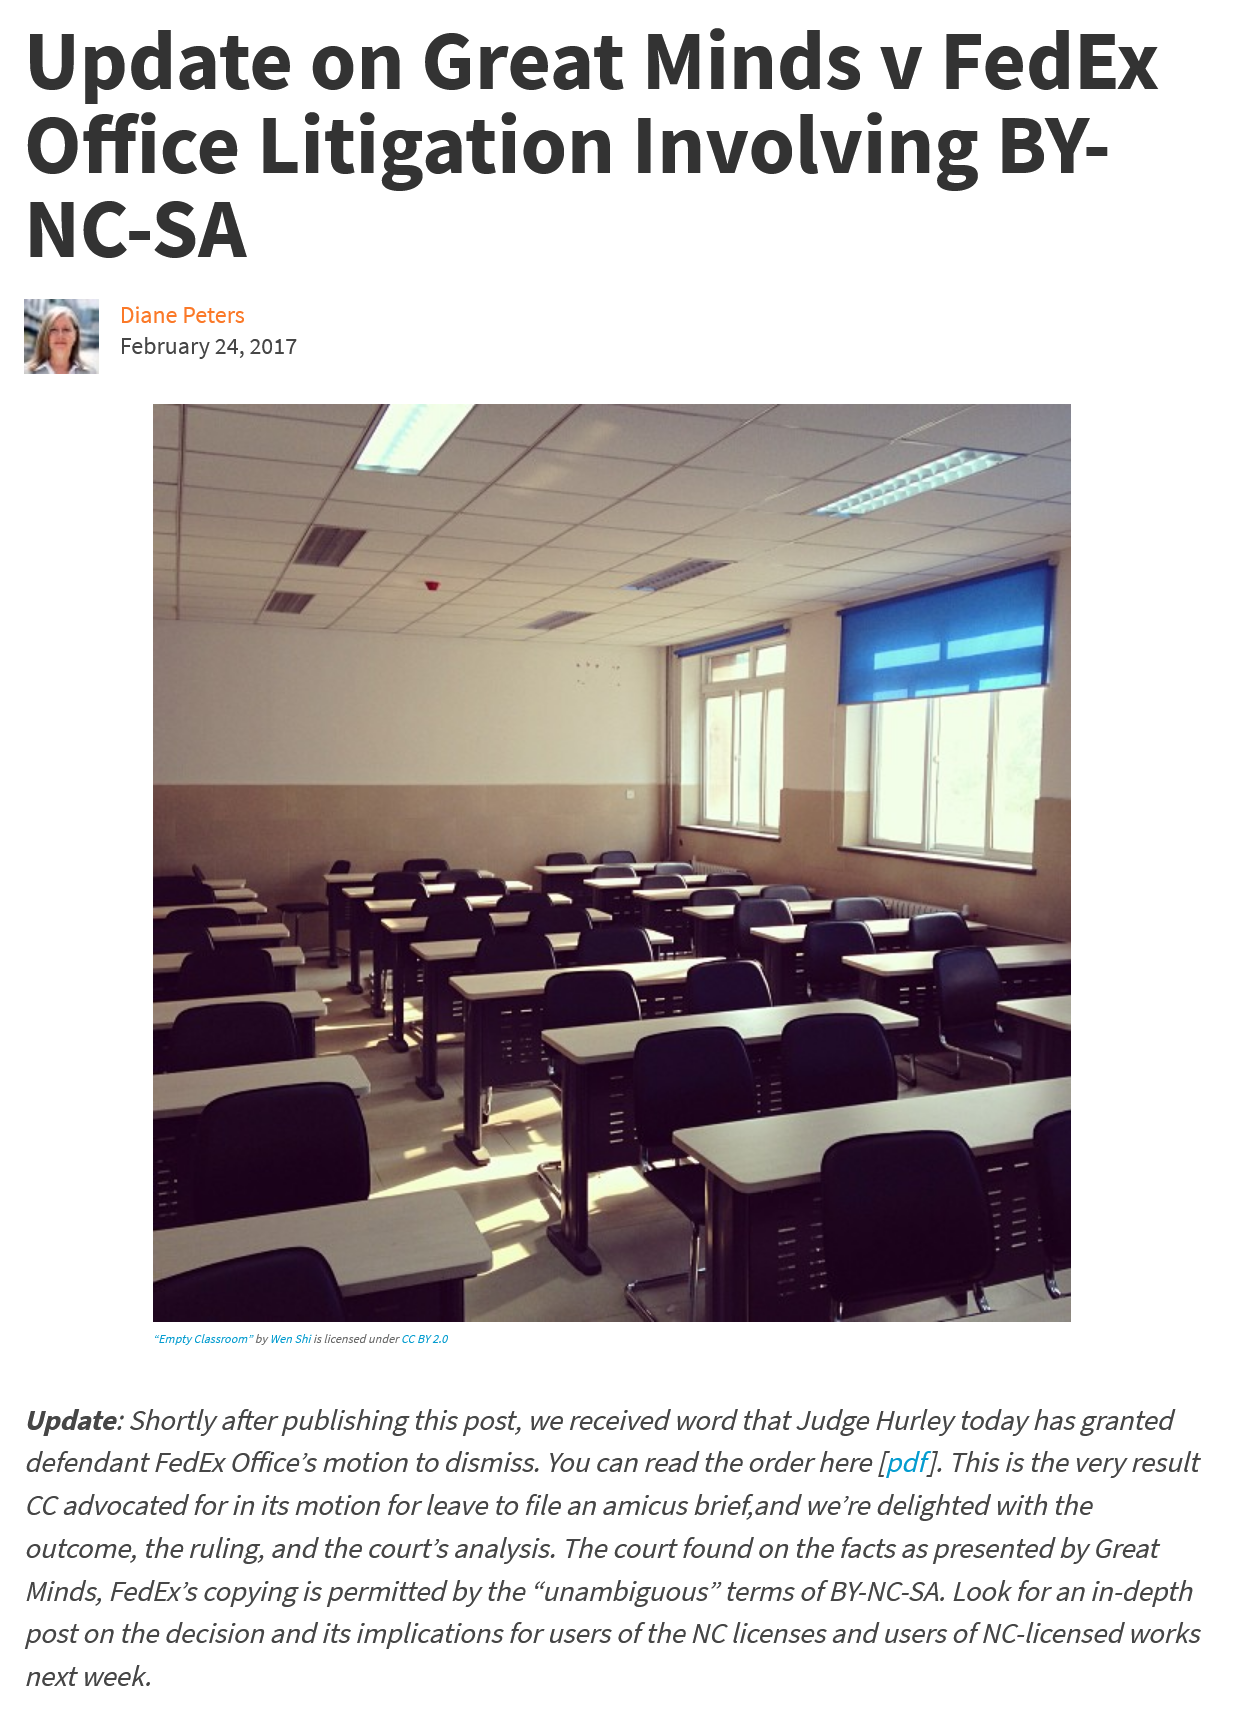
Update    on    Great    Minds    v    FedEx
   Office    Litigation    Involving    BY-
   NC-SA
     Diane Peters
     February 24, 2017
     “Empty Classroom” by Wen Shiis licensed under CC BY 2.0
   Update: Shortly after publishing this post, we received word that Judge Hurley today has granted
  defendant FedEx Office’s motion to dismiss. You can read the order here [pdf]. This is the very result
  CC advocated for in its motion for leave to file an amicus brief,and we’re delighted with the
  outcome, the ruling, and the court’s analysis. The court found on the facts as presented by Great
  Minds, FedEx’s copying is permitted by the “unambiguous” terms of BY-NC-SA. Look for an in-depth
  post on the decision and its implications for users of the NC licenses and users of NC-licensed works
  next week.